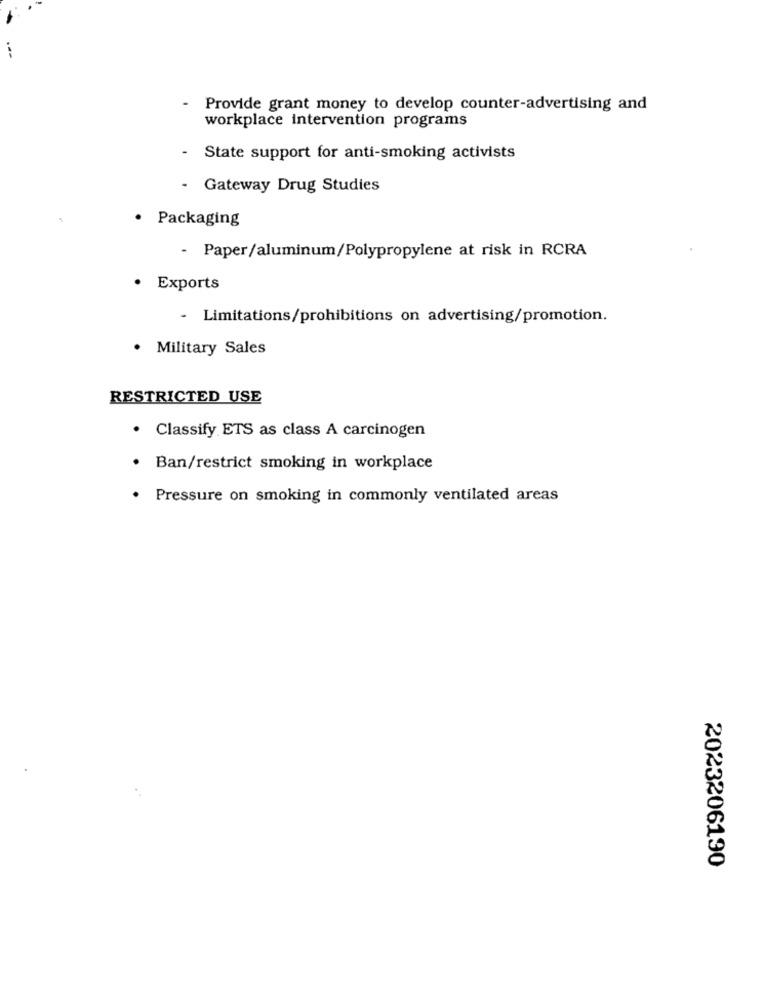
- Provide grant money to develop counter-advertising and
workplace intervention programs
- State support for anti-smoking activists
- Gateway Drug Studies
· Packaging
- Paper/aluminum/Polypropylene at risk in RCRA
· Exports
- Limitations/prohibitions on advertising/promotion.
. Military Sales
RESTRICTED USE
· Classify ETS as class A carcinogen
· Ban/restrict smoking in workplace
· Pressure on smoking in commonly ventilated areas
2023206190